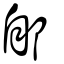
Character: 郋